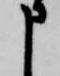
申